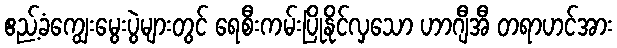
ဧည့်ခံကျွေးမွေးပွဲများတွင် ရေစီးကမ်းပြိုနိုင်လှသော ဟာဂျီအီ တရာဟင်အား